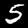
Label: 5